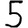
Digit: 5